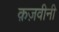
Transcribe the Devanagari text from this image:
क़ज़वीनी